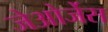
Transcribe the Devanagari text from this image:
जेओर्जेस